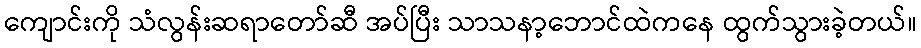
ကျောင်းကို သံလွန်းဆရာတော်ဆီ အပ်ပြီး သာသနာ့ဘောင်ထဲကနေ ထွက်သွားခဲ့တယ်။